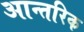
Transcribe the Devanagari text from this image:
आन्‍तरिक